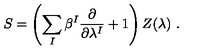
S = \left( \sum _ { I } \beta ^ { I } \frac { \partial } { \partial \lambda ^ { I } } + 1 \right) Z ( \lambda ) \ .